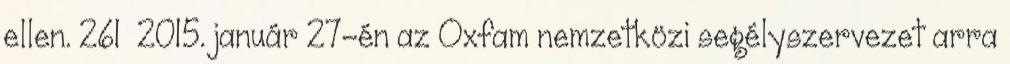
ellen. 261 2015. január 27-én az Oxfam nemzetközi segélyszervezet arra